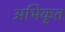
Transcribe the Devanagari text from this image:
अभिकृत